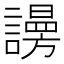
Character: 𧬒